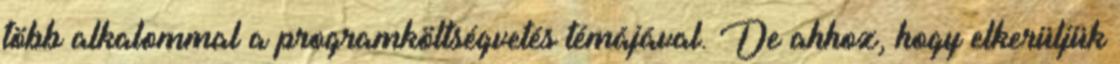
több alkalommal a programköltségvetés témájával. De ahhoz, hogy elkerüljük